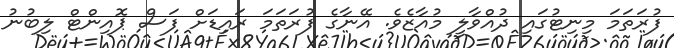
ފުރަތަމަ މިނިޓުގައި ދުއްވާލީ މުއާޒެވެ. އޭނާގެ ފުރަތަމަ ރައިޑަށް ފަސް ޕޮއިންޓް ލިބުނު